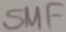
Text: SMF